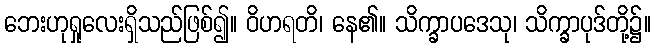
ဘေးဟုရှုလေးရှိသည်ဖြစ်၍။ ဝိဟရတိ၊ နေ၏။ သိက္ခာပဒေသု၊ သိက္ခာပုဒ်တို့၌။